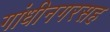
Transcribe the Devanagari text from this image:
गांधीनगरसह